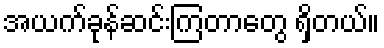
အယက်ခုန်ဆင်းကြတာတွေ ရှိတယ်။